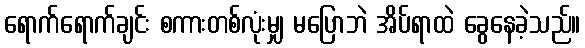
ရောက်ရောက်ချင်း စကားတစ်လုံးမျှ မပြောဘဲ အိပ်ရာထဲ ခွေနေခဲ့သည်။